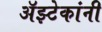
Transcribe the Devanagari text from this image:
अॅझ्टेकांनी